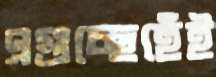
এগুচ্ছেহেঁই